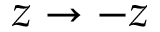
z \rightarrow - z